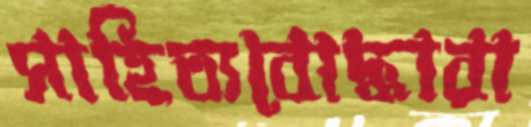
সাহিত্যবোদ্ধারা